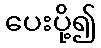
ပေးပို့၍